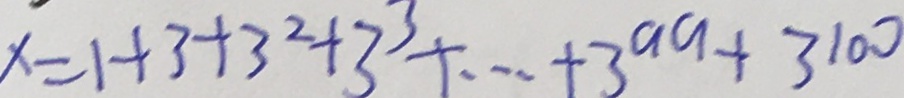
x = 1 + 3 + 3 ^ { 2 } + 3 ^ { 3 } + \cdots + 3 ^ { 9 9 } + 3 ^ { 1 0 0 }